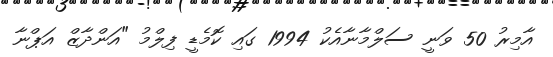
އާމިރު 50 ވަނީ ސަލްމާނާއެކު 1994 ގައި ކޮމެޑީ ފިލްމު "އަންދާޒް އަޕްނާ